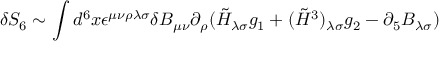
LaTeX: \delta S _ { 6 } \sim \int d ^ { 6 } x \epsilon ^ { \mu \nu \rho \lambda \sigma } \delta B _ { \mu \nu } \partial _ { \rho } ( \tilde { H } _ { \lambda \sigma } g _ { 1 } + ( \tilde { H } ^ { 3 } ) _ { \lambda \sigma } g _ { 2 } - \partial _ { 5 } B _ { \lambda \sigma } )